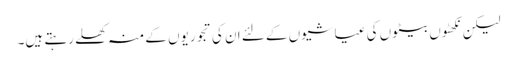
لیکن نکھٹوں بیٹوں کی عیاشیوں کے لئے ان کی تجوریوں کے منہ کھلے رہتے ہیں۔